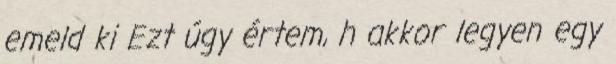
emeld ki Ezt úgy értem, h akkor legyen egy